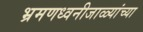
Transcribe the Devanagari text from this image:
भ्रमणध्वनीजाळ्यांच्या